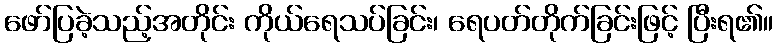
ဖော်ပြခဲ့သည့်အတိုင်း ကိုယ်ရေသပ်ခြင်း၊ ရေပတ်တိုက်ခြင်းဖြင့် ပြီးရ၏။